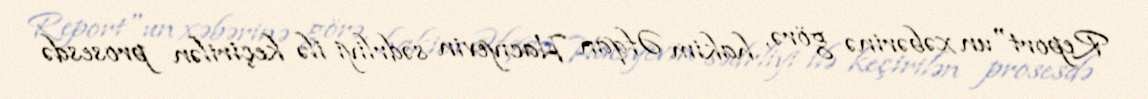
Report"un xəbərinə görə, hakim Əfqan Hacıyevin sədrliyi ilə keçirilən prosesdə